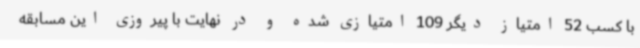
با کسب 52 امتیاز دیگر 109 امتیازی شده و در نهایت با پیروزی این مسابقه